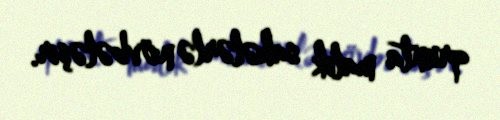
qrunta malik sahələrlə növbələşir.